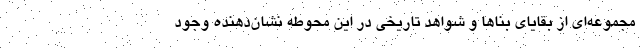
مجموعه‌ای از بقایای بناها و شواهد تاریخی در این محوطه نشان‌دهنده وجود